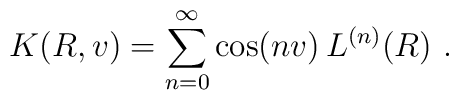
K(R,v) = \sum_{n=0}^\infty \cos(nv) \, L^{(n)}(R) \ .